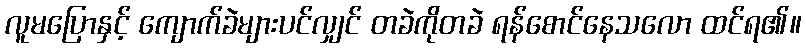
လူမပြောနှင့် ကျောက်ခဲများပင်လျှင် တခဲကိုတခဲ ရန်စောင်နေသလော ထင်ရ၏။